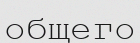
общего